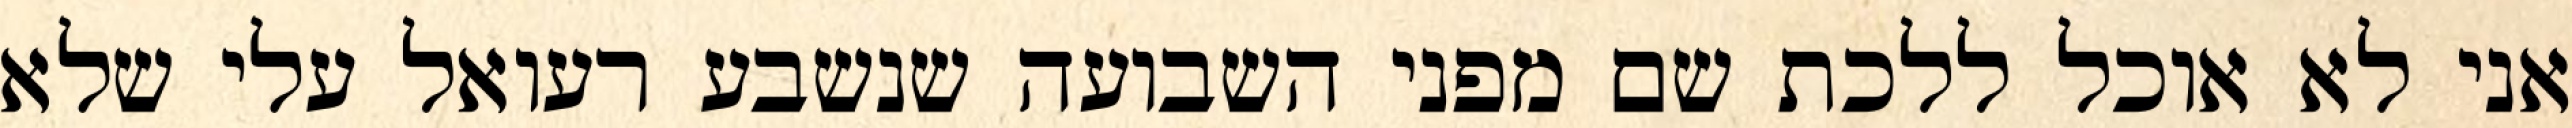
אני לא אוכל ללכת שם מפני השבועה שנשבע רעואל עלי שלא